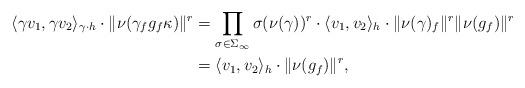
LaTeX: \begin{align*}\langle \gamma v_1, \gamma v_2 \rangle_{\gamma \cdot h} \cdot \| \nu(\gamma_f g_f \kappa) \|^{r} &= \prod_{\sigma \in \Sigma_\infty} \sigma(\nu(\gamma))^r \cdot \langle v_1,v_2 \rangle_h \cdot \| \nu(\gamma)_f \|^r \| \nu (g_f) \|^r \\&=\langle v_1,v_2 \rangle_h \cdot \| \nu(g_f) \|^r,\end{align*}